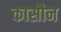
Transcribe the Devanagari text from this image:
कासौन